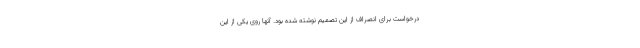
درخواست برای انصراف از این تصمیم نوشته شده بود. آنها روی یکی از این